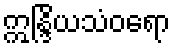
ဣန္ဒြိယသံဝရော